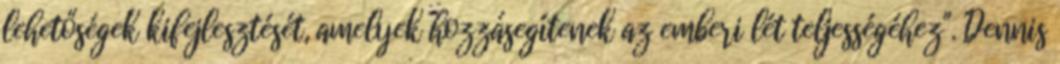
lehetőségek kifejlesztését, amelyek hozzásegítenek az emberi lét teljességéhez". Dennis